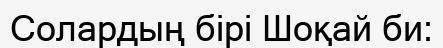
Солардың бірі Шоқай би: